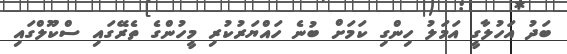
ބަދު އަހުލާގީ އަމަލު ހިންގި ކަމަށް ބުނެ ހައްޔަރުކުރި މީހުންގެ ތެރޭގައި ސްކޫލްގައި